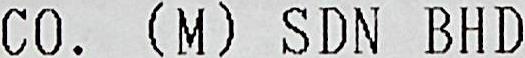
CO. (M) SDN BHD